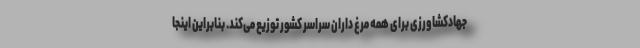
جهادکشاورزی برای همه مرغ داران سراسر کشور توزیع می‌کند. بنابراین اینجا